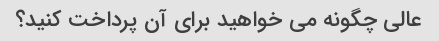
عالی چگونه می خواهید برای آن پرداخت کنید؟